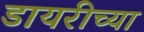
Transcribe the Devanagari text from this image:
डायरीच्या